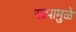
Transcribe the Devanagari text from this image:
खपामुळे